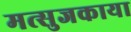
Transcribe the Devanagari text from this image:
मत्सुजकाया